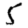
Digit: 5